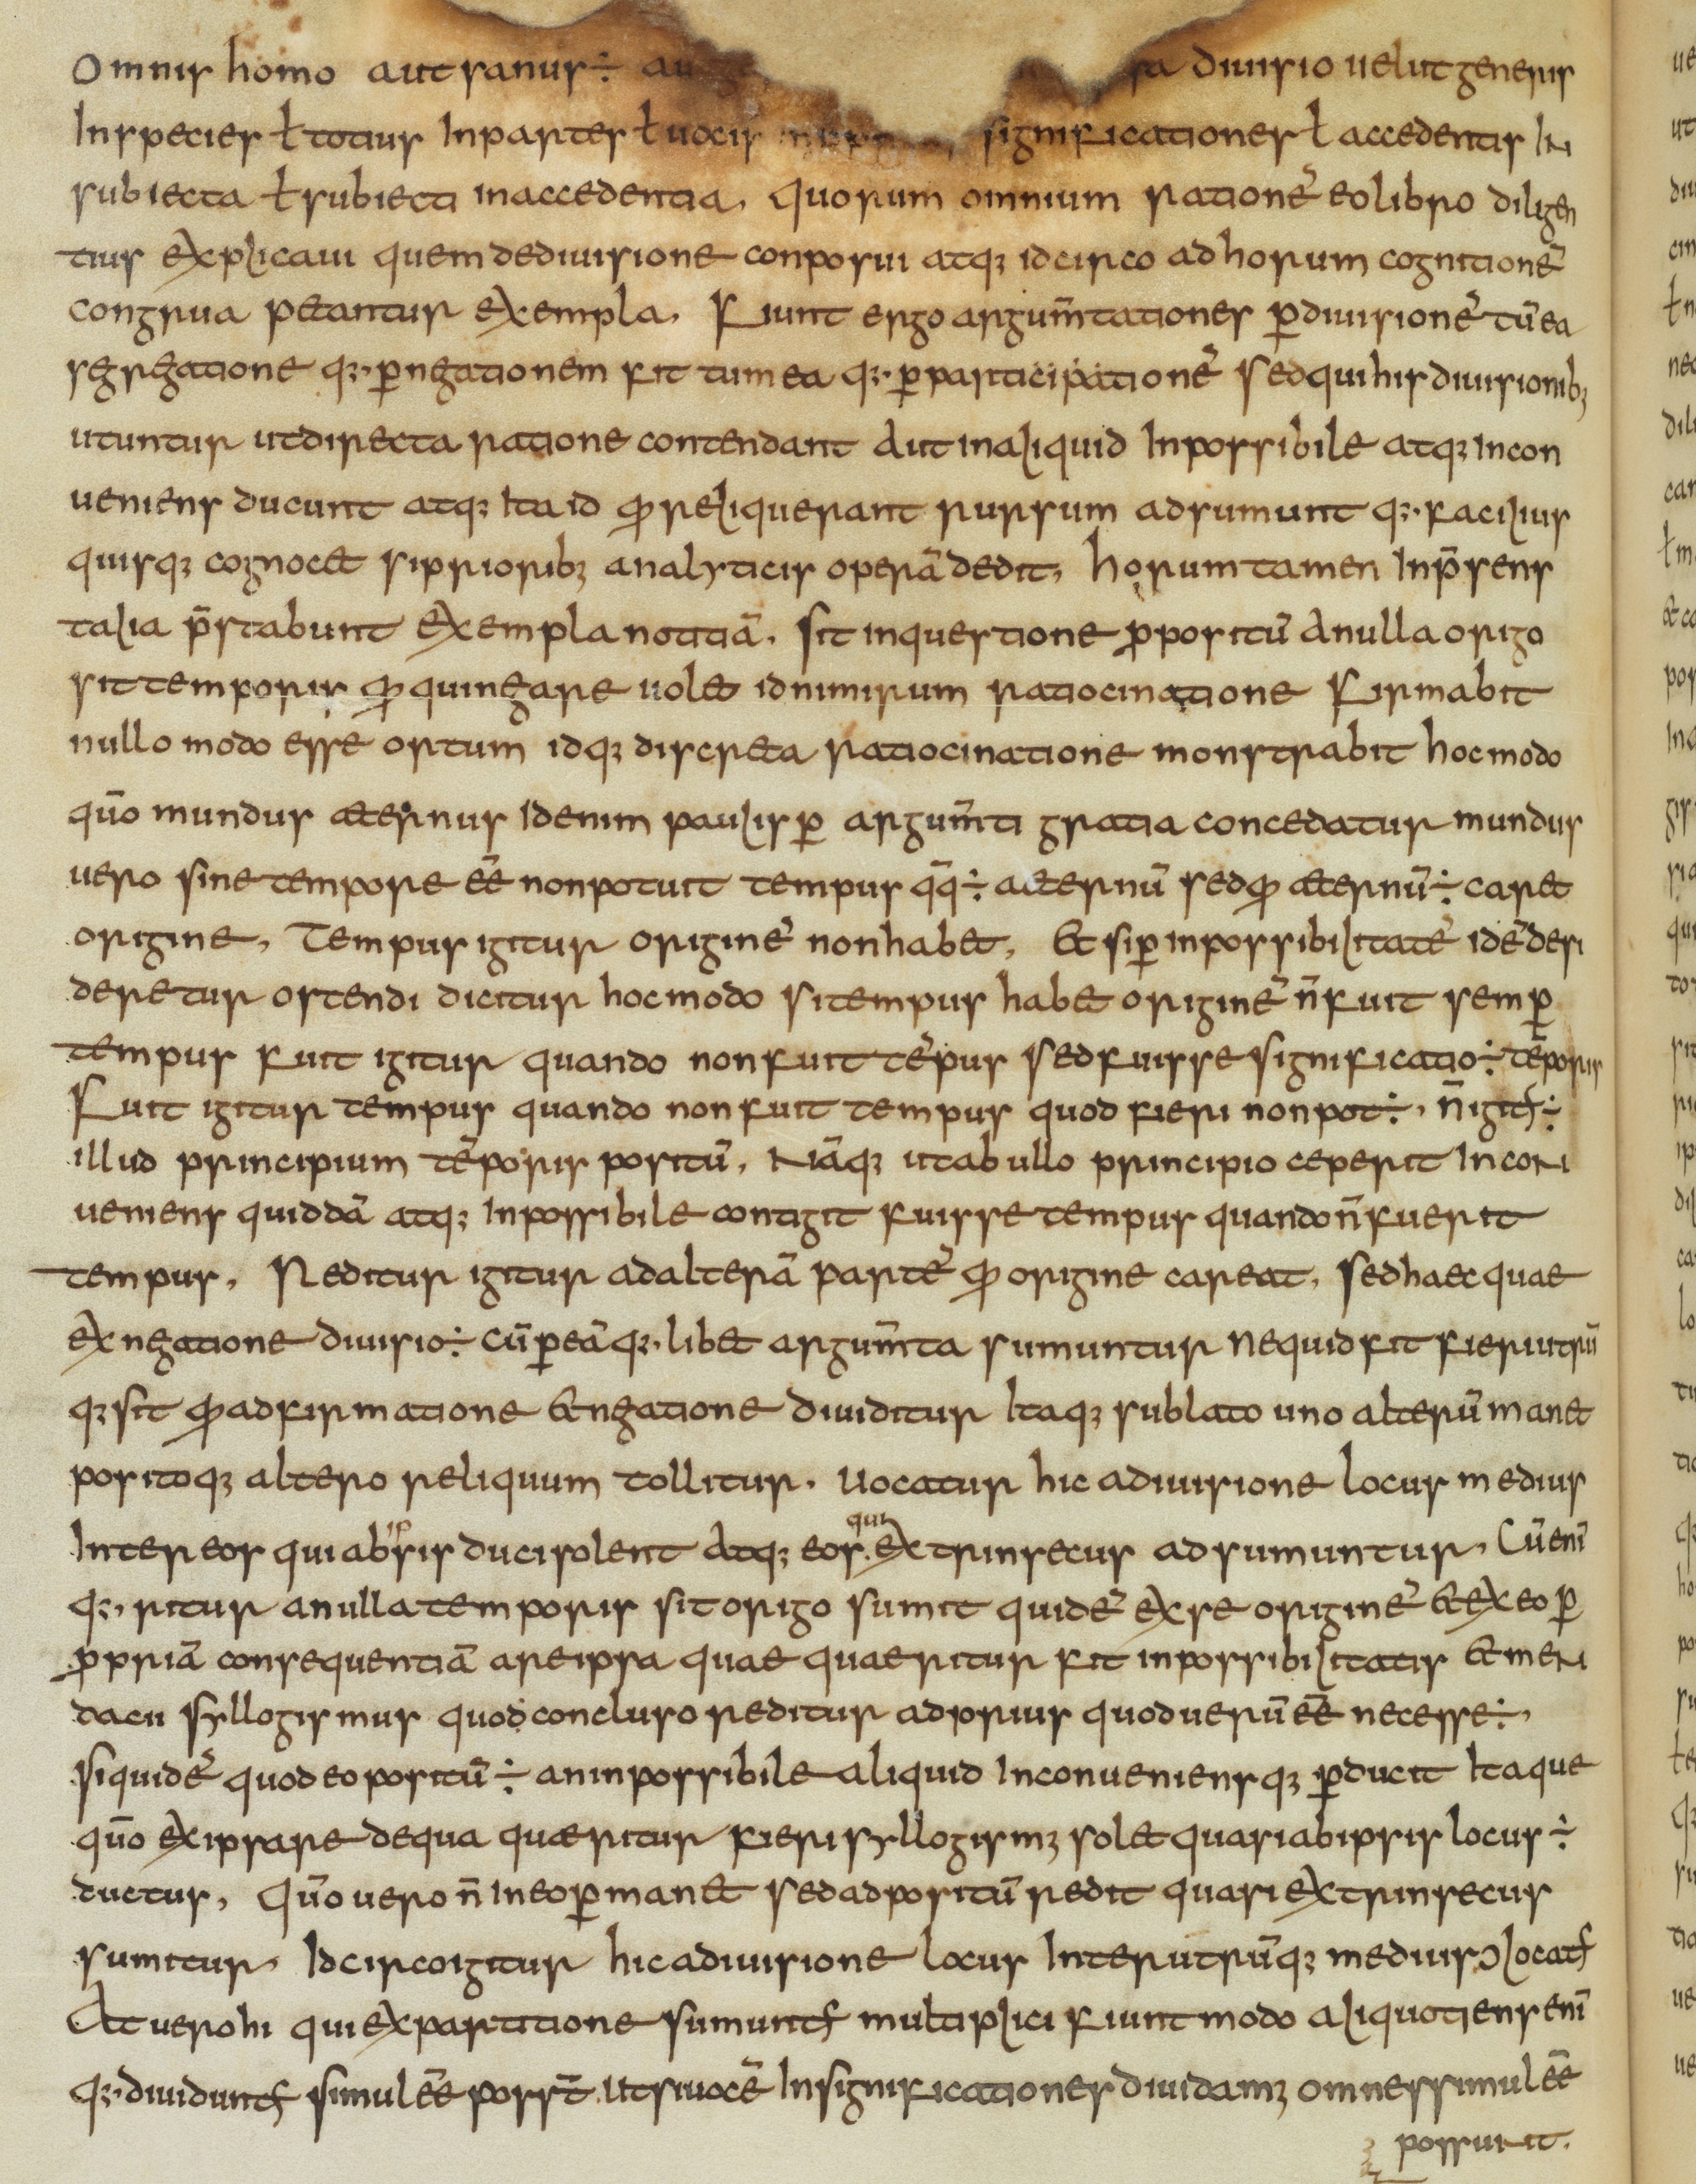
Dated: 825–849